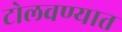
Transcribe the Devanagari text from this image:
टोलवण्यात